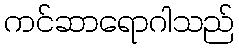
ကင်ဆာရောဂါသည်